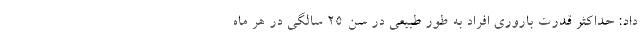
داد: حداکثر قدرت باروری افراد به طور طبیعی در سن ۲۵ سالگی در هر ماه